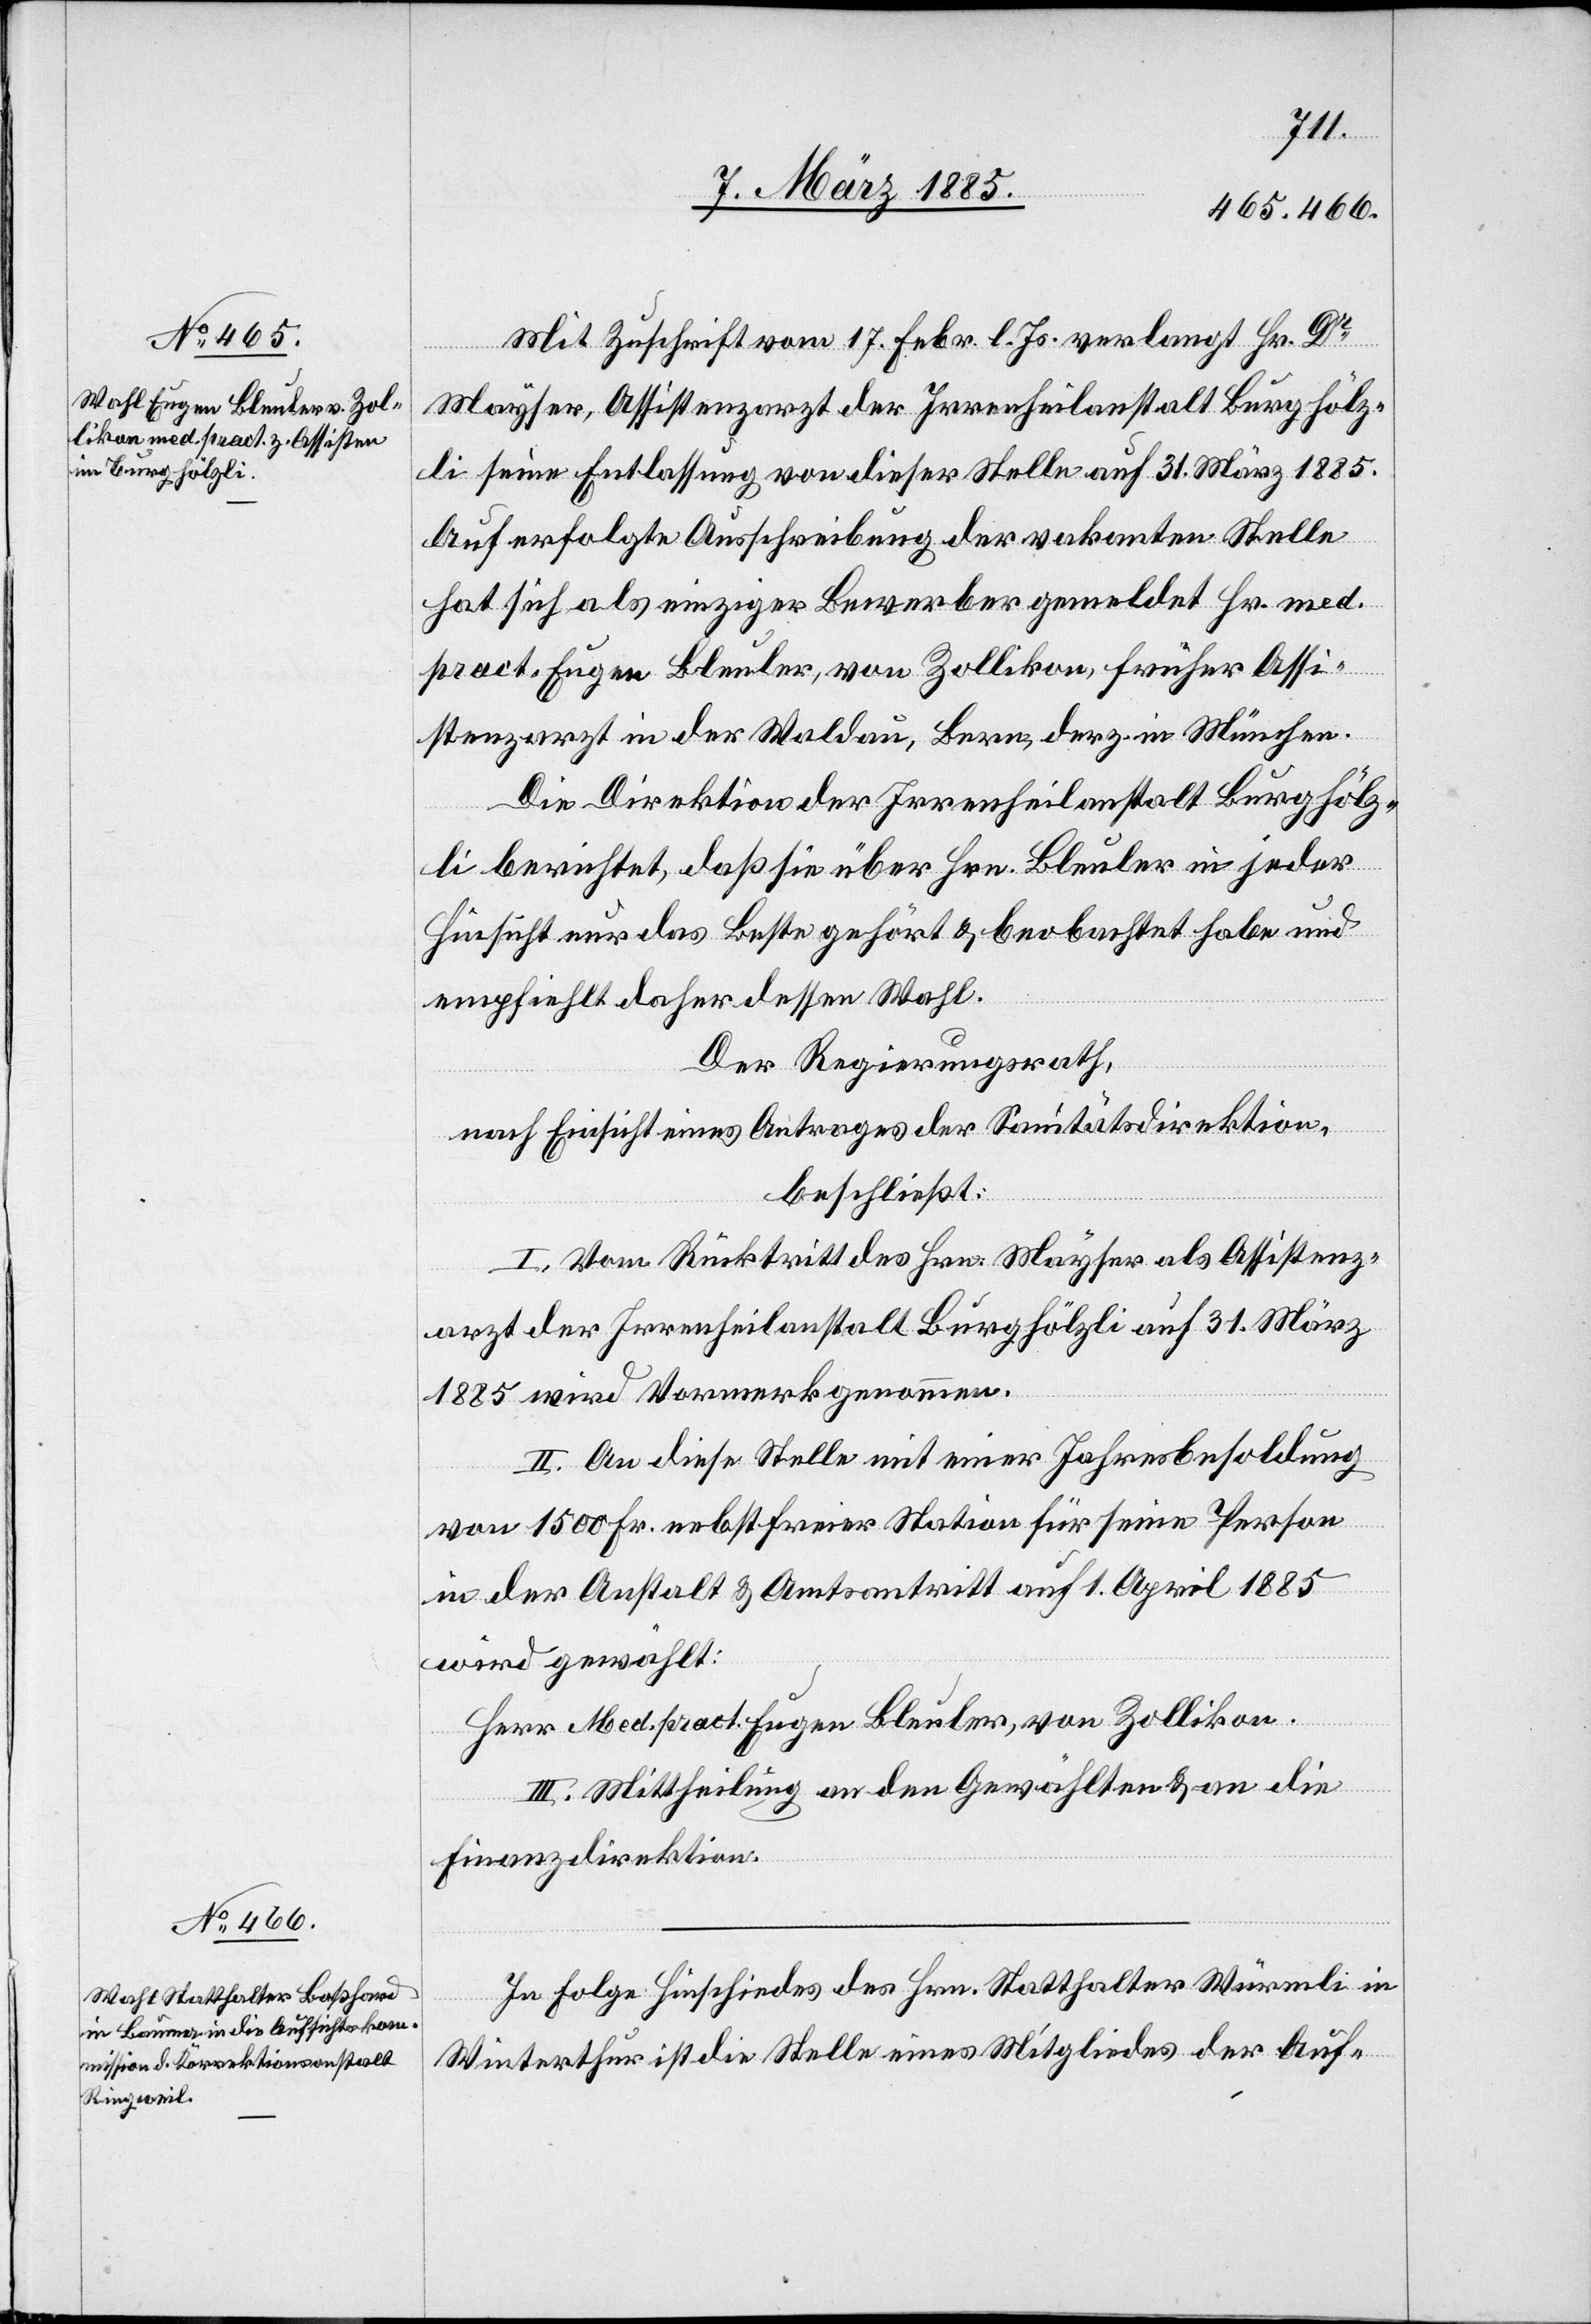
Mit Zuschrift vom 17. Febr. l. Js. verlangt Hr. Dr
Mayser, Assistenzarzt der Irrenheilanstalt Burghölz¬
li seine Entlassung von dieser Stelle auf 31. März 1885.
Auf erfolgte Ausschreibung der vakanten Stelle
hat sich als einziger Bewerber gemeldet Hr. med.
pract. Eugen Bleuler, von Zollikon, früher Assi¬
stenzarzt in der Waldau, Bern, derz. in München.
Die Direktion der Irrenheilanstalt Burghölz¬
li berichtet, daß sie über Hrn. Bleuler in jeder
Hinsicht nur das Beste gehört & beobachtet habe und
empfiehlt daher dessen Wahl.
Der Regierungsrath,
nach Einsicht eines Antrages der Sanitätsdirektion,
beschließt:
I. Vom Rücktritt des Hrn. Mayser als Assistenz¬
arzt der Irrenheilanstalt Burghölzli auf 31. März
1885 wird Vormerk genommen.
II. An diese Stelle mit einer Jahresbesoldung
von 1500 Fr. nebst freier Station für seine Person
in der Anstalt & Amtsantritt auf 1. April 1885
wird gewählt:
Herr Med. pract. Eugen Bleuler, von Zollikon.
III. Mittheilung an den Gewählten & an die
Finanzdirektion.
In Folge Hinschiedes des Hrn. Statthalter Würmli in
Winterthur ist die Stelle eines Mitgliedes der Auf-